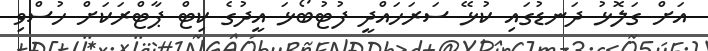
އަށް ގަލޮޅު ދަނޑުގައި ކުޅޭ ސަރަހައްދީ ފުޓުބޯޅަ އީދުގެ ކިޓް ޕާޓްރަކަށް ހުސްވި